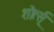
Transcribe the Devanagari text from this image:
शोर्त्स्